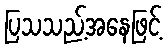
ပြသသည့်အနေဖြင့်